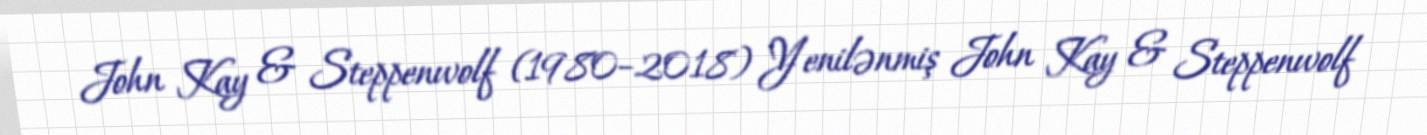
John Kay & Steppenwolf (1980–2018) Yenilənmiş John Kay & Steppenwolf